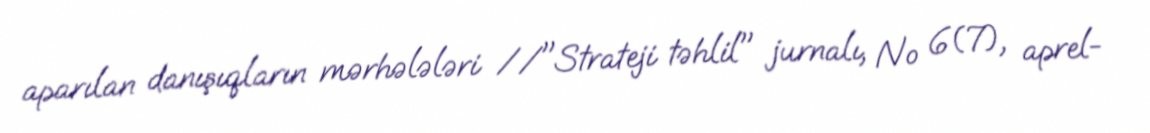
aparılan danışıqların mərhələləri //"Strateji təhlil" jurnalı, № 6(7), aprel-